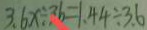
3 . 6 x \div 3 6 = 1 . 4 4 \div 3 . 6